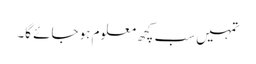
تمہیں سب کچھ معلوم ہو جائے گا۔